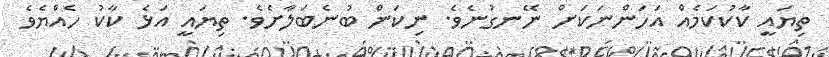
ތިޔައީ ކާކުކަމެއް އަހަންނަކަށް ނޭނގުނެވެ. ނިކަން ބުނެބަލާށެވެ. ތިޔައީ އަޅެ ކާކު ހެއްޔެވެ